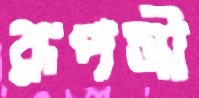
রূপসী